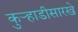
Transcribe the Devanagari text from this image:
कुर्‍हाडीसारखे